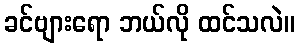
ခင်ဗျားရော ဘယ်လို ထင်သလဲ။